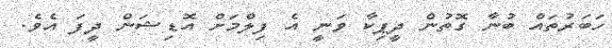
ހަބަރުތައް ބުނާ ގޮތުން ދީޕިކާ ވަނީ އެ ފިލްމަށް އޮޑިޝަން ދީފަ އެވެ.